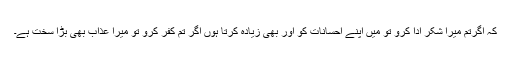
کہ اگرتم میرا شکر ادا کرو تو میں اپنے احسانات کو اور بھی زیادہ کرتا ہوں اگر تم کفر کرو تو میرا عذاب بھی بڑا سخت ہے۔